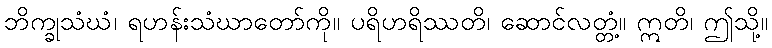
ဘိက္ခုသံဃံ၊ ရဟန်းသံဃာတော်ကို။ ပရိဟရိဿတိ၊ ဆောင်လတ္တံ့။ ဣတိ၊ ဤသို့။